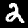
Label: 2